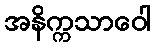
အနိက္ကသာဝေါ